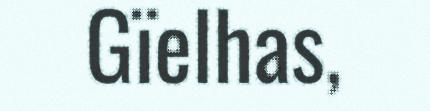
Gïelhas,